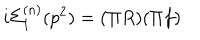
i \Sigma _ { 1 } ^ { ( n ) } ( p ^ { 2 } ) = ( \Pi R ) ( \Pi f )